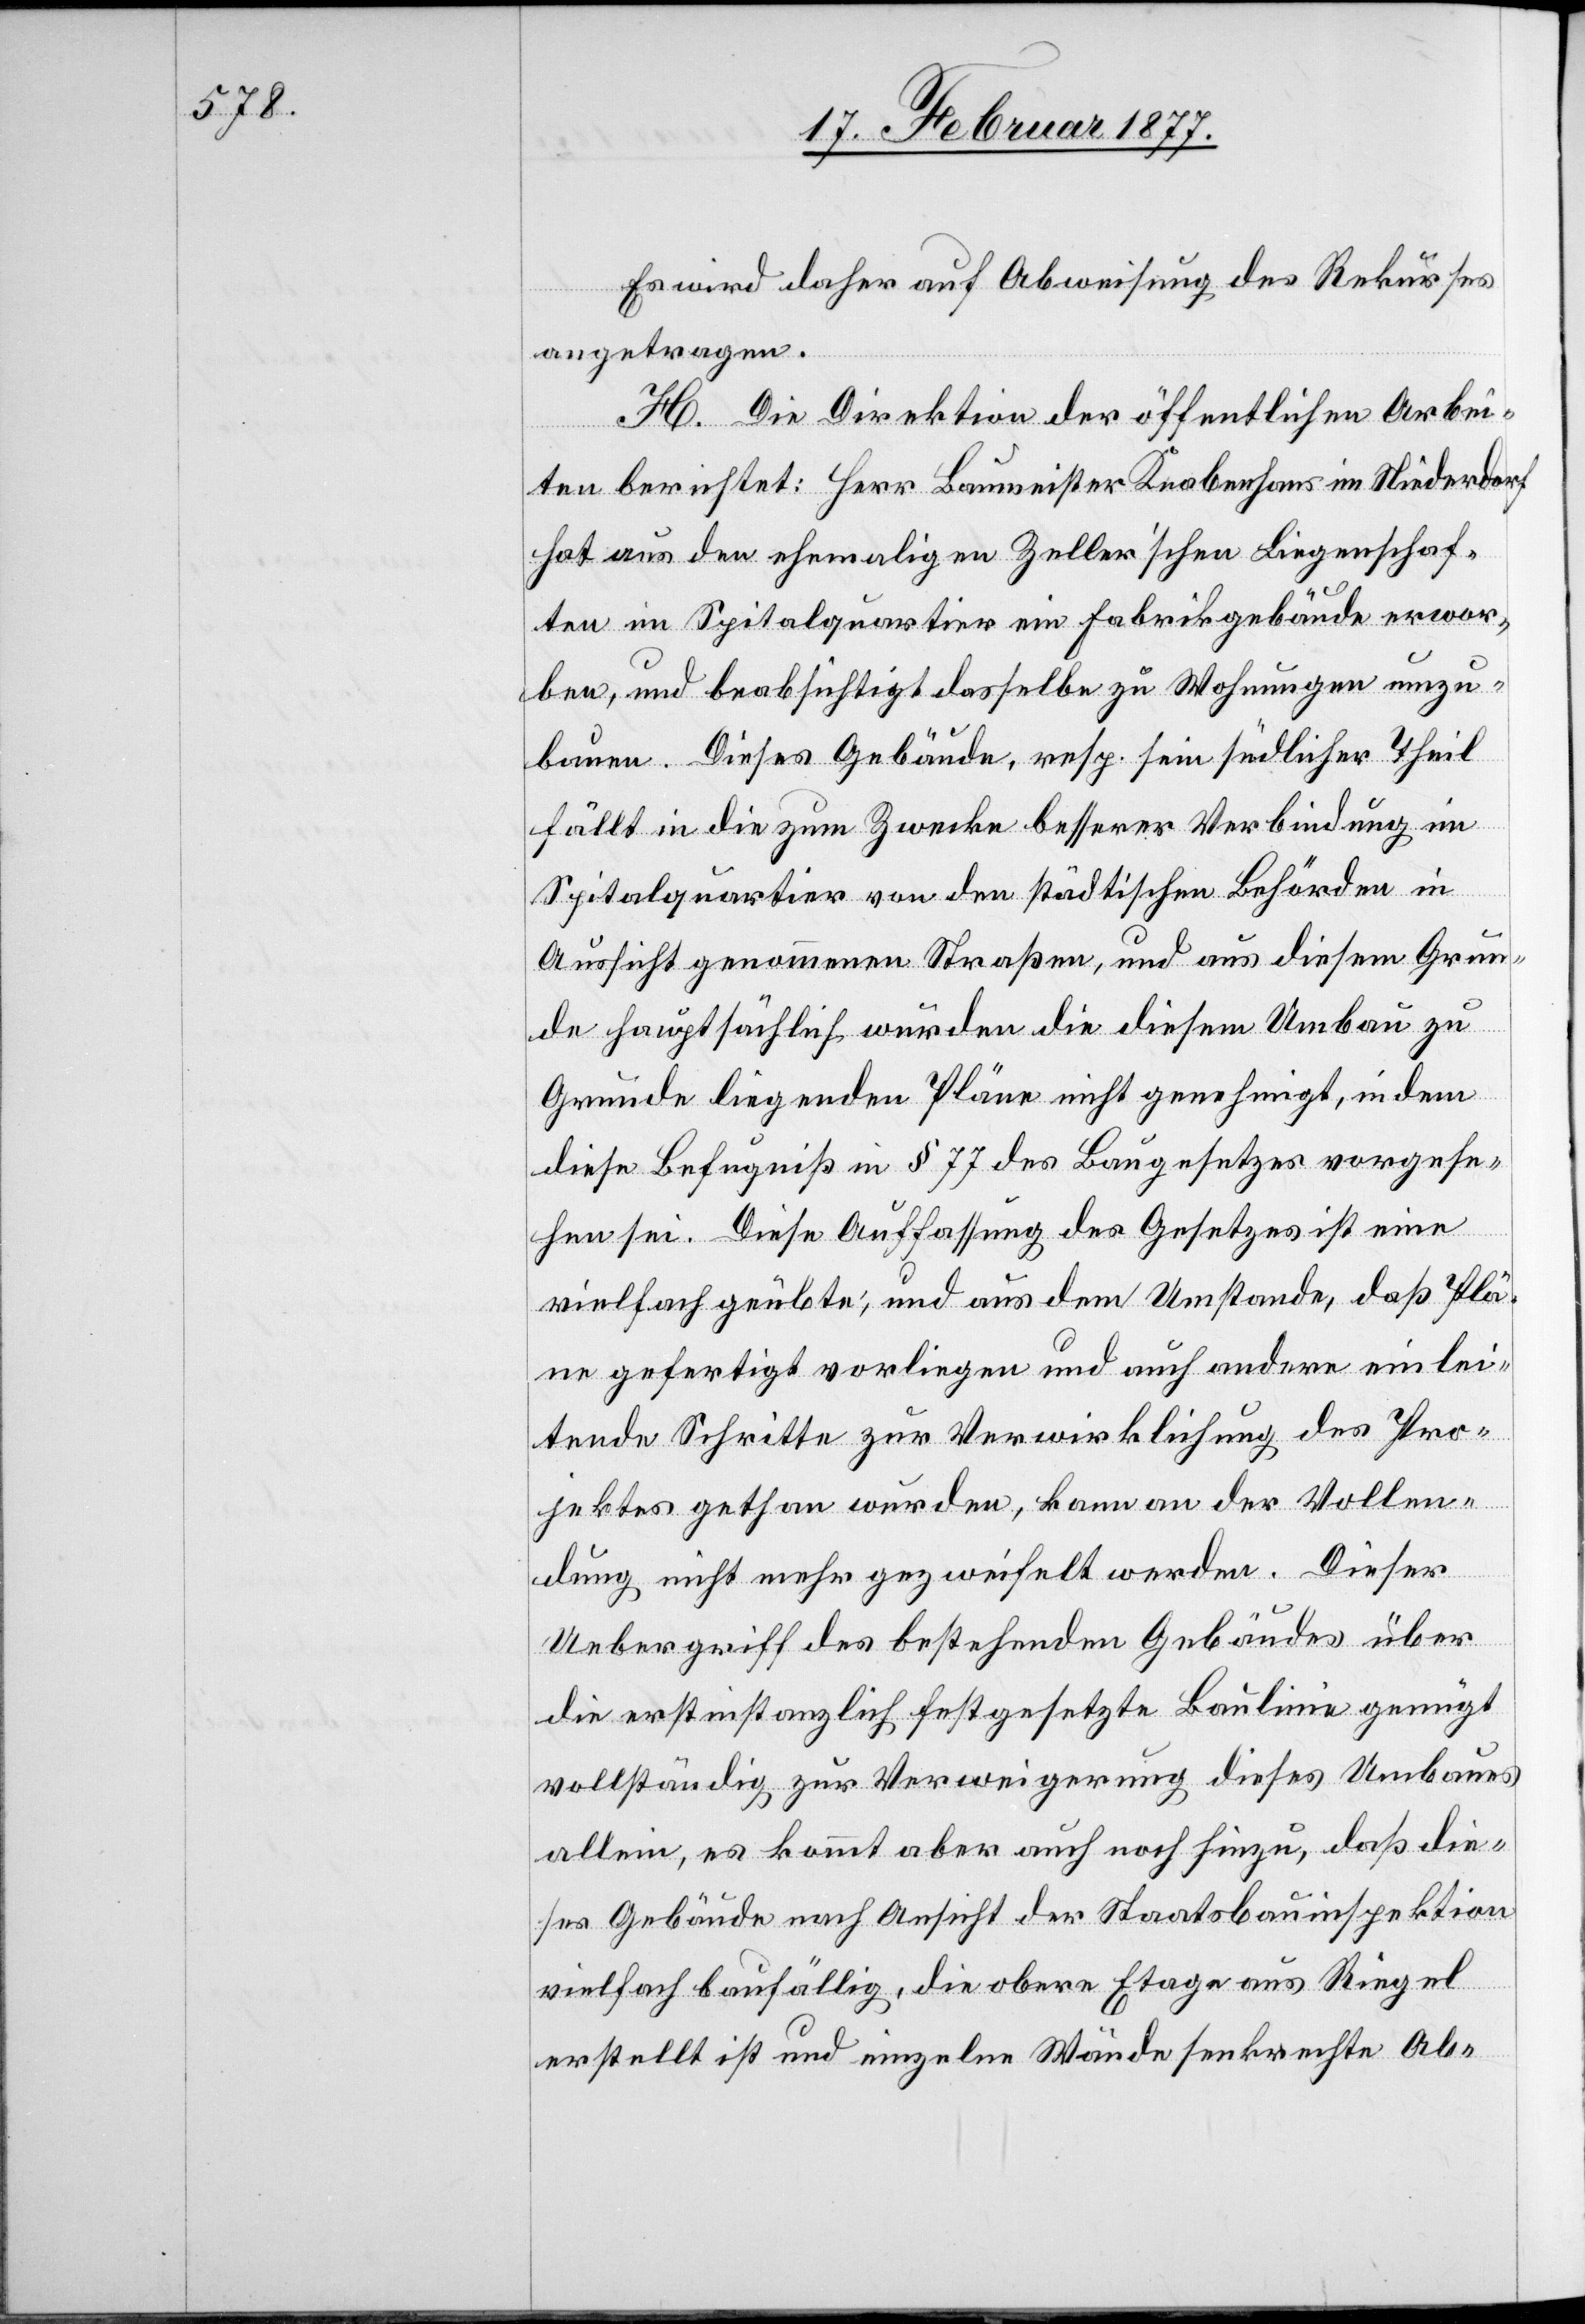
Es wird daher auf Abweisung des Rekurses
angetragen.
H. Die Direktion der öffentlichen Arbei¬
ten berichtet: Herr Baumeister Knabenhans im Niederdorf
hat aus den ehemaligen Zeller’schen Liegenschaf¬
ten im Spitalquartier ein Fabrikgebäude erwor¬
ben, und beabsichtigt dasselbe zu Wohnungen umzu¬
bauen. Dieses Gebäude, resp. sein südlicher Theil
fällt in die zum Zwecke besserer Verbindung im
Spitalquartier von den städtischen Behörden in
Aussicht genommenen Straßen, und aus diesem Grun¬
de hauptsächlich wurden die diesem Umbau zu
Grunde liegenden Pläne nicht genehmigt, in dem
diese Befugniß in § 77 des Baugesetzes vorgese¬
hen sei. Diese Auffassung des Gesetzes ist eine
vielfach geübte, und aus dem Umstande, daß Plä¬
ne gefertigt vorliegen und auch andere einlei¬
tende Schritte zur Verwirklichung des Pro¬
jektes gethan wurden, kann an der Vollen¬
dung nicht mehr gezweifelt werden. Dieser
Uebergriff des bestehenden Gebäudes über
die erstinstanzlich festgesetzte Baulinie genügt
vollständig zur Verweigerung dieses Umbaues
allein, es kommt aber auch noch hinzu, daß die¬
ses Gebäude nach Ansicht der Staatsbauinspektion
vielfach baufällig, die obere Etage aus Riegel
erstellt ist und einzelne Wände senkrechte Ab-